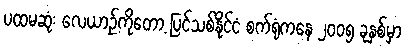
ပထမဆုံး လေယာဉ်ကိုတော့ ပြင်သစ်နိုင်ငံ စက်ရုံကနေ ၂၀၀၅ ခုနှစ်မှာ